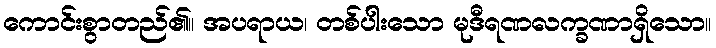
ကောင်းစွာတည်၏။ အပရာယ၊ တစ်ပါးသော မုဒီရဏလက္ခဏာရှိသော။